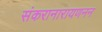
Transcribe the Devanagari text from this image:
संकरानारायणनन